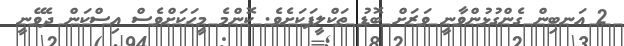
2 އަނބިން ގެންގުޅުންވާނީ ވަރަށް ބޮޑު ތަކްލީފަކަށެވެ. ކޮންމެ މީހަކަށްވެސް އިސްކަން ދެވޭނީ